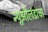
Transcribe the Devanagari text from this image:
न्यूझीलंडाचा